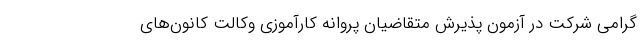
گرامی شرکت در آزمون پذیرش متقاضیان پروانه کارآموزی وکالت کانون‌های